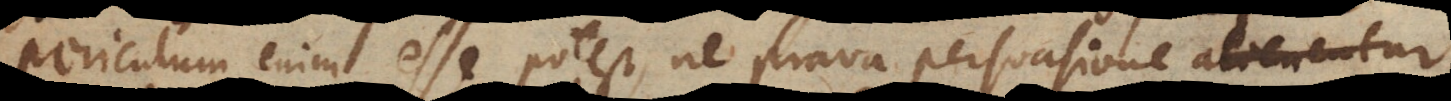
periculum enim esse potest, ne prava persuasione alienentur